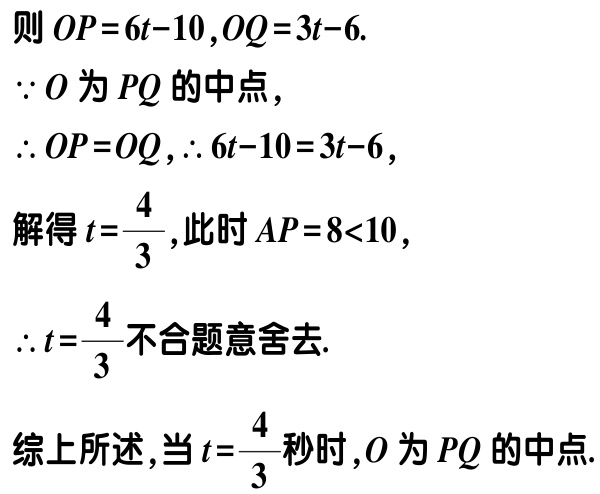
则 \(OP = 6t - 10, OQ = 3t - 6\).

\(\because O\) 为 \(PQ\) 的中点,

\(\therefore OP = OQ, \therefore 6t - 10 = 3t - 6\),

解得 \(t = \frac{4}{3}\), 此时 \(AP = 8<10\),

\(\therefore t = \frac{4}{3}\) 不合题意舍去.

综上所述, 当 \(t = \frac{4}{3}\) 秒时, \(O\) 为 \(PQ\) 的中点.